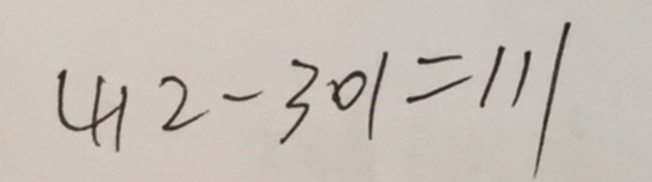
4 1 2 - 3 0 1 = 1 1 1